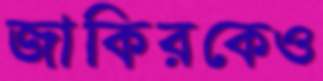
জাকিরকেও